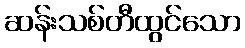
ဆန်းသစ်တီထွင်သော